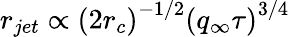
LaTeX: r_{jet}\propto\left(2r_{c}\right)^{-1/2}\left(q_{\infty}\tau\right)^{3/4}